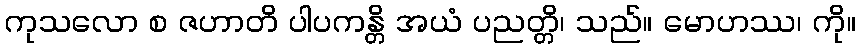
ကုသလော စ ဇဟာတိ ပါပကန္တိ အယံ ပညတ္တိ၊ သည်။ မောဟဿ၊ ကို။